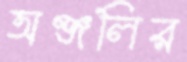
অঞ্জলির